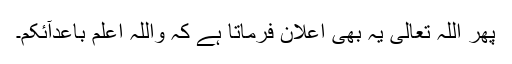
پھر اللہ تعالیٰ یہ بھی اعلان فرماتا ہے کہ وَاللّٰہُ اَعْلَمُ بِاَعْدَآئِکُمْ۔